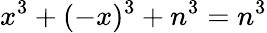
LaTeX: x^{3}+(-x)^{3}+n^{3}=n^{3}